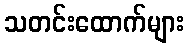
သတင်းထောက်များ